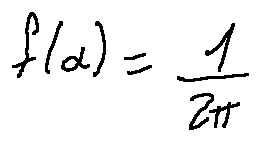
f ( \alpha ) = \frac { 1 } { 2 \pi }